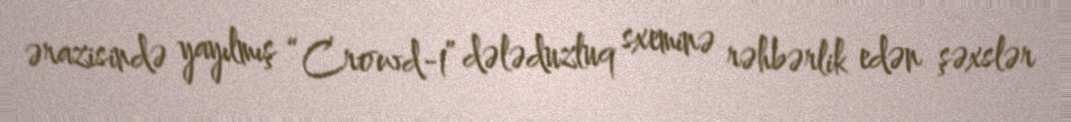
ərazisində yayılmış “Crowd-1” dələduzluq sxeminə rəhbərlik edən şəxslər